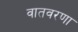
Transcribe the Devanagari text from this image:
वातवरणा